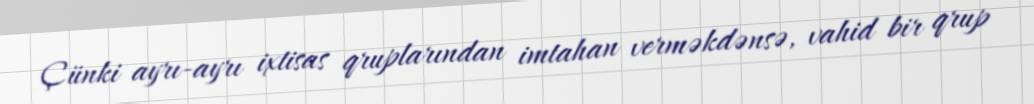
Çünki ayrı-ayrı ixtisas qruplarından imtahan verməkdənsə, vahid bir qrup